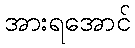
အားရအောင်